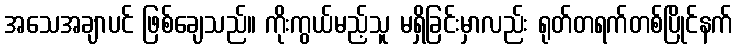
အသေအချာပင် ဖြစ်ချေသည်။ ကိုးကွယ်မည့်သူ မရှိခြင်းမှာလည်း ရုတ်တရက်တစ်ပြိုင်နက်